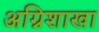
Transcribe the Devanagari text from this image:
अग्निशाखा